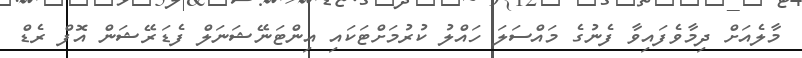
މާލެއަށް ދިމާވެފައިވާ ފެނުގެ މައްސަލަ ހައްލު ކުރުމަށްޓަކައި އިންޓަނޭޝަނަލް ފެޑަރޭޝަން އޮފް ރެޑް